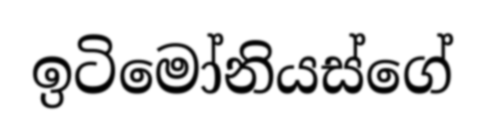
ඉටිමෝනියස්ගේ